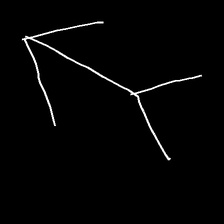
Glyph: gather